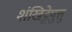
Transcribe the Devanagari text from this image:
शंखिट्टेषु़त्तु